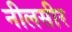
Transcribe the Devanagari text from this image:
नीलसीर